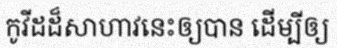
កូវីដដ៏សាហាវនេះឲ្យបាន ដើម្បីឲ្យ